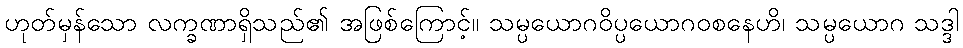
ဟုတ်မှန်သော လက္ခဏာရှိသည်၏ အဖြစ်ကြောင့်။ သမ္ပယောဂဝိပ္ပယောဂဝစနေဟိ၊ သမ္ပယောဂ သဒ္ဒါ